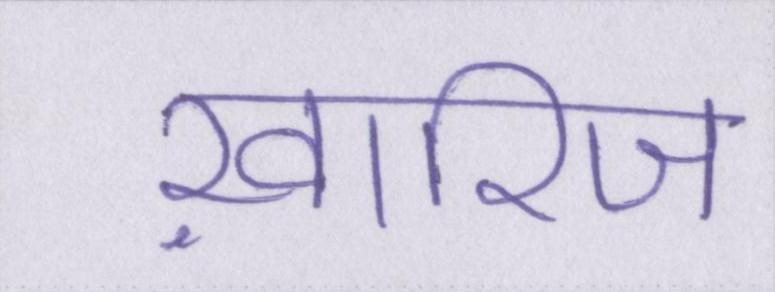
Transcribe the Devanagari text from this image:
ख़ारिज